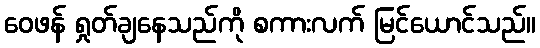
ဝေဖန် ရှုတ်ချနေသည်ကို စကားလက် မြင်ယောင်သည်။